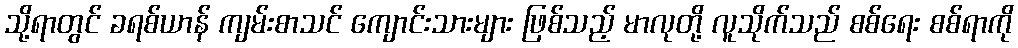
သို့ရာတွင် ခရစ်ယာန် ကျမ်းစာသင် ကျောင်းသားများ ဖြစ်သည့် မာလုတို့ လူသိုက်သည် စစ်ရေး စစ်ရာကို